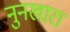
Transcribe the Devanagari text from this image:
नुनखारा